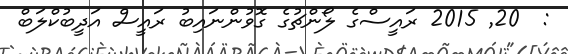
:  20